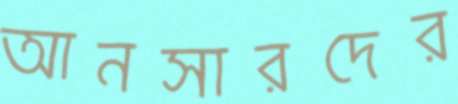
আনসারদের